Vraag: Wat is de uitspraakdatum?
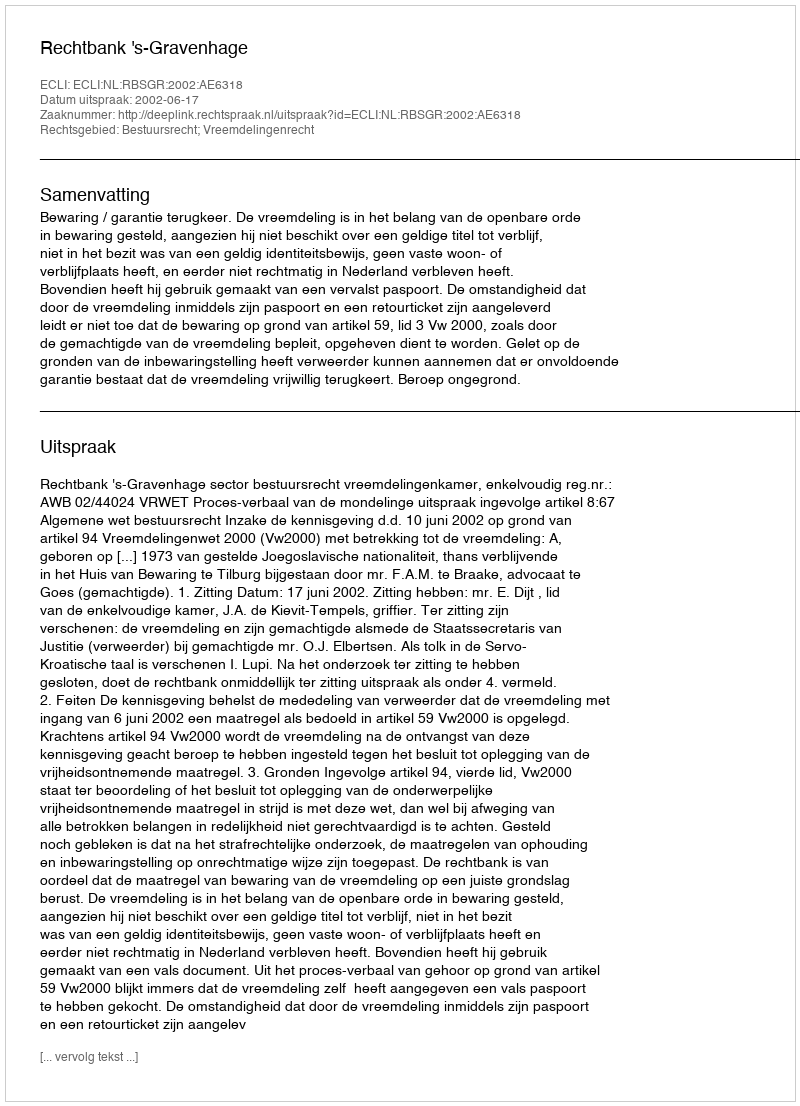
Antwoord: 2002-06-17